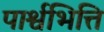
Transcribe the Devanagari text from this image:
पार्श्वभित्ति